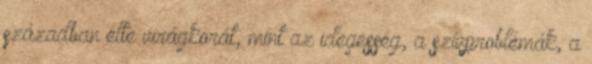
században élte virágkorát, mint az idegesség, a szívproblémák, a